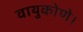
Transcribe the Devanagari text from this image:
वायुकोणे।